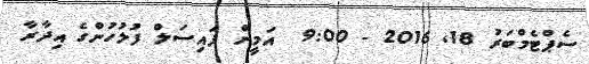
ސެޕްޓެމްބަރު 18